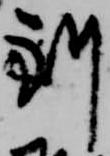
到